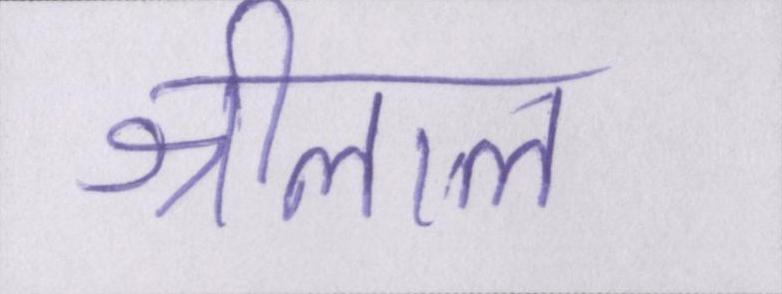
श्रीलाल